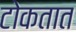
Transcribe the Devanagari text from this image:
टोकतात